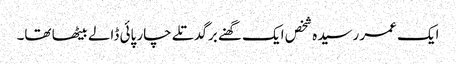
ایک عمر رسیدہ شخص ایک گھنے برگدتلے چار پائی ڈالے بیٹھا تھا۔